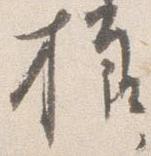
様